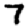
Digit: 7